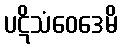
ပဋိသံဝေဒေမိ